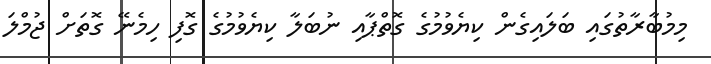
މިމުބާރާތުގައި ބަލައިގެން ކިޔެވުމުގެ ގޮތްޕާއި ނުބަލާ ކިޔެވުމުގެ ގޮފި ހިމެނޭ ގޮތަށް ޖުމްލަ